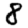
Digit: 8